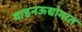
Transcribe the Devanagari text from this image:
वाहनऊद्योगात